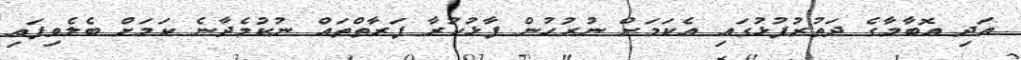
އަދި އޮބާމާގެ ދަތުރުފުޅުގައި އެކަމަށް ނުރުހުން ފާޅުކުރާ ފަރާތްތައް ނުކުމެދާނެ ކަމަށް ބެލެވިފައި